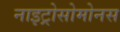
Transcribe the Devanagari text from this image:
नाइट्रोसोमोनस